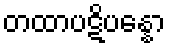
တထာပဋိပန္နော